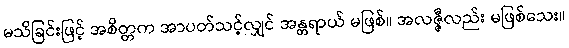
မသိခြင်းဖြင့် အစိတ္တက အာပတ်သင့်လျှင် အန္တရာယ် မဖြစ်။ အလဇ္ဇီလည်း မဖြစ်သေး။